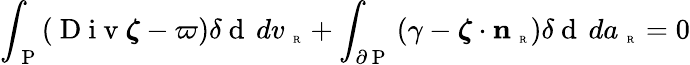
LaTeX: \int_{\mathrm{~P~}}(\mathrm{~D~i~v~}\boldsymbol{\zeta}-\varpi)\delta\mathrm{~d~}\, dv_{\mathrm{~\tiny~R~}}+\int_{\partial\mathrm{~P~}}\left(\gamma-\boldsymbol{\zeta}\cdot{\mathbf n}_{\mathrm{~\tiny~R~}}\right)\delta\mathrm{~d~}\, da_{\mathrm{~\tiny~R~}}=0